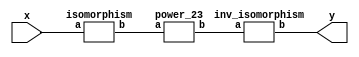
`timescale 1ns/100ps
module SMSS32_23_nn_4_2(x,y);
	 input [5:0] x;
	 output [5:0] y;
	 wire [5:0] w;
	 wire [5:0] p;
	 isomorphism C2 (x,w);
	 power_23 C3 (w,p);
	 inv_isomorphism C4 (p,y);
endmodule

module add_base(a,b,c);
	 input [2:0] a;
	 input [2:0] b;
	 output [2:0] c;
	 assign c[0]=a[0]^b[0];
	 assign c[1]=a[1]^b[1];
	 assign c[2]=a[2]^b[2];
endmodule

module multiplication_base(a,b,c);
	 input [2:0] a;
	 input [2:0] b;
	 output [2:0] c;
	 assign c[0]=(a[2]&b[2])^(a[0]&b[1])^(a[1]&b[0])^(a[1]&b[2])^(a[2]&b[1]);
	 assign c[1]=(a[0]&b[0])^(a[0]&b[2])^(a[2]&b[0])^(a[1]&b[2])^(a[2]&b[1]);
	 assign c[2]=(a[1]&b[1])^(a[0]&b[1])^(a[1]&b[0])^(a[0]&b[2])^(a[2]&b[0]);
endmodule

module square_base(a,b);
	 input [2:0] a;
	 output[2:0] b;
	 assign b[0]=a[2];
	 assign b[1]=a[0];
	 assign b[2]=a[1];
endmodule

module power_23(a,b);
	 input [5:0] a;
	 output [5:0] b;
	 wire [2:0] x_0;
	 wire [2:0] x_1;
	 wire [2:0] x_2;
	 wire [2:0] x_3;
	 wire [2:0] x_4;
	 wire [2:0] x_5;
	 wire [2:0] x_6;
	 wire [2:0] x_7;
	 wire [2:0] x_8;
	 wire [2:0] x_9;
	 wire [2:0] x_10;
	 wire [2:0] x_11;
	 wire [2:0] y_0;
	 wire [2:0] y_1;
	 assign x_0[0]=a[0];
	 assign x_0[1]=a[1];
	 assign x_0[2]=a[2];
	 assign x_1[0]=a[3];
	 assign x_1[1]=a[4];
	 assign x_1[2]=a[5];
	 square_base A1 (x_0,x_2);
	 square_base A2 (x_1,x_3);
	 add_base A3 (x_2,x_3,x_4);
	 multiplication_base A4 (x_0,x_1,x_5);
	 square_base A5 (x_5,x_11);
	 add_base A6 (x_4,x_5,x_6);
	 multiplication_base A7 (x_4,x_11,x_7);
	 multiplication_base A8 (x_6,x_7,x_8);
	 multiplication_base A9 (x_1,x_8,x_9);
	 multiplication_base A10 (x_0,x_8,x_10);
	 add_base A11 (x_3,x_9,y_0);
	 add_base A12 (x_2,x_10,y_1);
	 assign b[0]=y_0[0];
	 assign b[1]=y_0[1];
	 assign b[2]=y_0[2];
	 assign b[3]=y_1[0];
	 assign b[4]=y_1[1];
	 assign b[5]=y_1[2];
endmodule

module inv_isomorphism(a,b);
	 input [5:0] a;
	 output [5:0] b;
	 assign b[0]=a[1]^a[2]^a[3]^a[4]^a[5];
	 assign b[1]=a[1]^a[3]^a[4]^a[5];
	 assign b[2]=a[1]^a[5];
	 assign b[3]=a[0]^a[1]^a[2]^a[3]^a[4]^a[5];
	 assign b[4]=a[4]^a[5];
	 assign b[5]=a[1]^a[2]^a[3]^a[5];
endmodule

module isomorphism(a,b);
	 input [5:0] a;
	 output [5:0] b;
	 assign b[0]=a[0]^a[3];
	 assign b[1]=a[0]^a[2]^a[4]^a[5];
	 assign b[2]=a[0]^a[1];
	 assign b[3]=a[0]^a[1]^a[2]^a[5];
	 assign b[4]=a[0]^a[5];
	 assign b[5]=a[0]^a[4]^a[5];
endmodule